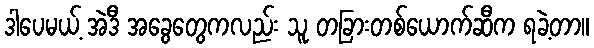
ဒါပေမယ့် အဲဒီ အခွေတွေကလည်း သူ တခြားတစ်ယောက်ဆီက ရခဲ့တာ။